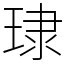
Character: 㻖